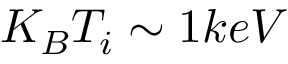
K _ { B } T _ { i } \sim 1 k e V